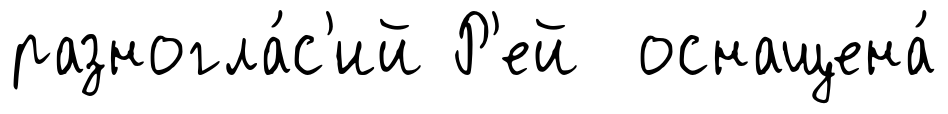
разногла́с'ий Р'ей оснащена́